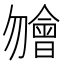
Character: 𣍐